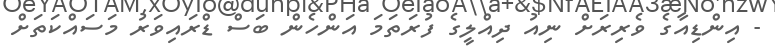
- އިންޑިއާގެ ވެރިރަށް ނިއު ދިއްލީގެ ފުރަތަމަ އަންހެން ބަސް ޑްރައިވަރު މަސައްކަތަށް